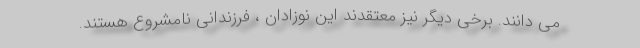
می دانند. برخی دیگر نیز معتقدند این نوزادان ، فرزندانی نامشروع هستند.